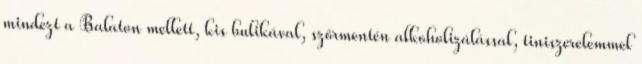
mindezt a Balaton mellett, kis bulikával, szőrmentén alkoholizálással, tiniszerelemmel